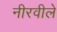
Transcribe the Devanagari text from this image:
नीरवीले